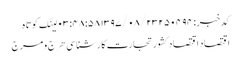
کدخبر: ۲۵۰۴۹۴ ۱۳۹۷/۰۸/۲۳ ۰۳:۴۸:۵۸ لینک کوتاه
اقتصاد اقتصاد کشور تجارت کارشناسی هرج و مرج